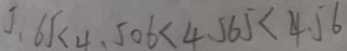
5 . 6 5 < 4 . 5 0 6 < 4 . 5 6 5 < 4 . 5 6